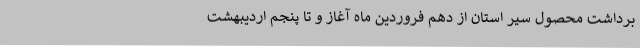
برداشت محصول سیر استان از دهم فروردین ماه آغاز و تا پنجم اردیبهشت